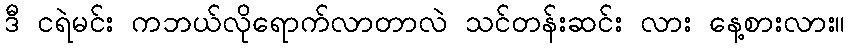
ဒီ ငရဲမင်း ကဘယ်လိုရောက်လာတာလဲ သင်တန်းဆင်း လား နေ့စားလား။